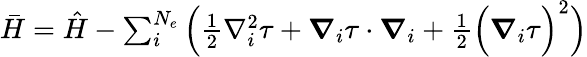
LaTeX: \begin{array}{r}{\bar{H}=\hat{H}-\sum_{i}^{N_{e}}\Big(\frac{1}{2}\nabla_{i}^{2}\tau+\boldsymbol{\nabla}_{i}\tau\cdot\boldsymbol{\nabla}_{i}+\frac{1}{2}\Big(\boldsymbol{\nabla}_{i}\tau\Big)^{2}\Big)}\end{array}